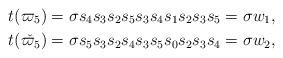
LaTeX: \begin{align*}&t(\varpi_5) = \sigma s_4s_3s_2s_5s_3s_4s_1s_2s_3s_5=\sigma w_1,\\&t(\check{\varpi_5}) = \sigma s_5s_3s_2s_4s_3s_5s_0s_2s_3s_4=\sigma w_2,\end{align*}